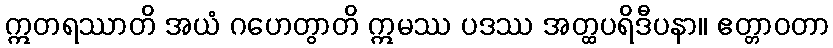
ဣတရဿာတိ အယံ ဂဟေတွာတိ ဣမဿ ပဒဿ အတ္ထပရိဒီပနာ။ ဧတ္တာဝတာ